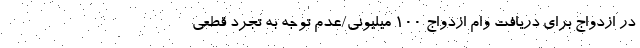
در ازدواج برای دریافت وام ازدواج ۱۰۰ میلیونی/عدم توجه به تجرد قطعی